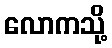
လောကသို့